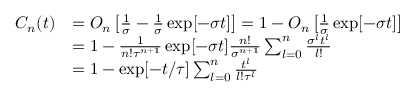
\begin{array} { r l } { C _ { n } ( t ) } & { = O _ { n } \left[ \frac { 1 } { \sigma } - \frac { 1 } { \sigma } \exp [ - \sigma t ] \right] = 1 - O _ { n } \left[ \frac { 1 } { \sigma } \exp [ - \sigma t ] \right] } \\ & { = 1 - \frac { 1 } { n ! \tau ^ { n + 1 } } \exp [ - \sigma t ] \frac { n ! } { \sigma ^ { n + 1 } } \sum _ { l = 0 } ^ { n } \frac { \sigma ^ { l } t ^ { l } } { l ! } } \\ & { = 1 - \exp [ - t / \tau ] \sum _ { l = 0 } ^ { n } \frac { t ^ { l } } { l ! \tau ^ { l } } } \end{array}